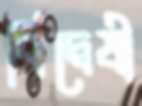
বিদ্বেষী